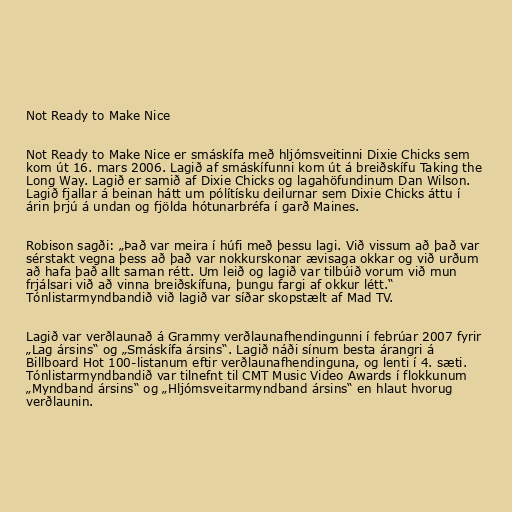
Not Ready to Make Nice

Not Ready to Make Nice er smáskífa með hljómsveitinni Dixie Chicks sem
kom út 16. mars 2006. Lagið af smáskífunni kom út á breiðskífu Taking the
Long Way. Lagið er samið af Dixie Chicks og lagahöfundinum Dan Wilson.
Lagið fjallar á beinan hátt um pólítísku deilurnar sem Dixie Chicks áttu í
árin þrjú á undan og fjölda hótunarbréfa í garð Maines.

Robison sagði: „Það var meira í húfi með þessu lagi. Við vissum að það var
sérstakt vegna þess að það var nokkurskonar ævisaga okkar og við urðum
að hafa það allt saman rétt. Um leið og lagið var tilbúið vorum við mun
frjálsari við að vinna breiðskífuna, þungu fargi af okkur létt.“
Tónlistarmyndbandið við lagið var síðar skopstælt af Mad TV.

Lagið var verðlaunað á Grammy verðlaunafhendingunni í febrúar 2007 fyrir
„Lag ársins“ og „Smáskífa ársins“. Lagið náði sínum besta árangri á
Billboard Hot 100-listanum eftir verðlaunafhendinguna, og lenti í 4. sæti.
Tónlistarmyndbandið var tilnefnt til CMT Music Video Awards í flokkunum
„Myndband ársins“ og „Hljómsveitarmyndband ársins“ en hlaut hvorug
verðlaunin.